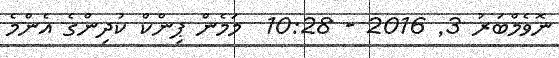
ނޮވެމްބަރު 3